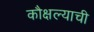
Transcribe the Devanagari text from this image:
कौक्षल्याची